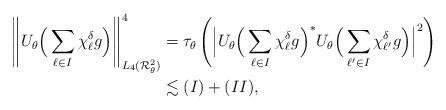
LaTeX: \begin{align*} \left\|U_\theta\Big(\sum_{\ell\in I}\chi_\ell^\delta g\Big)\right\|_{L_{4}(\mathcal{R}_\theta^2)}^{4} &=\tau_\theta\left(\Big|U_\theta\Big(\sum_{\ell\in I}\chi_\ell^\delta g\Big)^*U_\theta\Big(\sum_{\ell'\in I}\chi_{\ell'}^\delta g\Big)\Big|^{2}\right)\\ &\lesssim (I)+(II), \end{align*}